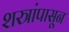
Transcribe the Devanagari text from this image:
शस्त्रांपासून